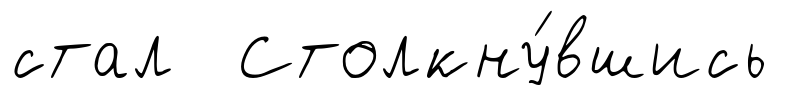
стал Столкну́вшись